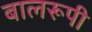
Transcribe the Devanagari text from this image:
बालरूपी